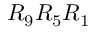
R _ { 9 } R _ { 5 } R _ { 1 }